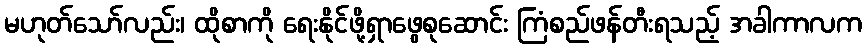
မဟုတ်သော်လည်း၊ ထိုစာကို ရေးနိုင်ဖို့ရှာဖွေစုဆောင်း ကြံစည်ဖန်တီးရသည့် အခါကာလက